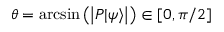
\theta = \arcsin \left( \left| P | \psi \rangle \right| \right) \in [ 0 , \pi / 2 ]